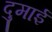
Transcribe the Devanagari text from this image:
दुमाई